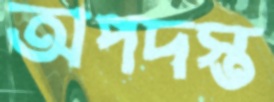
অপদস্ত